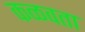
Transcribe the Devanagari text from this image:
कळवता